Scottish Leaving Certificate Examination, 1958
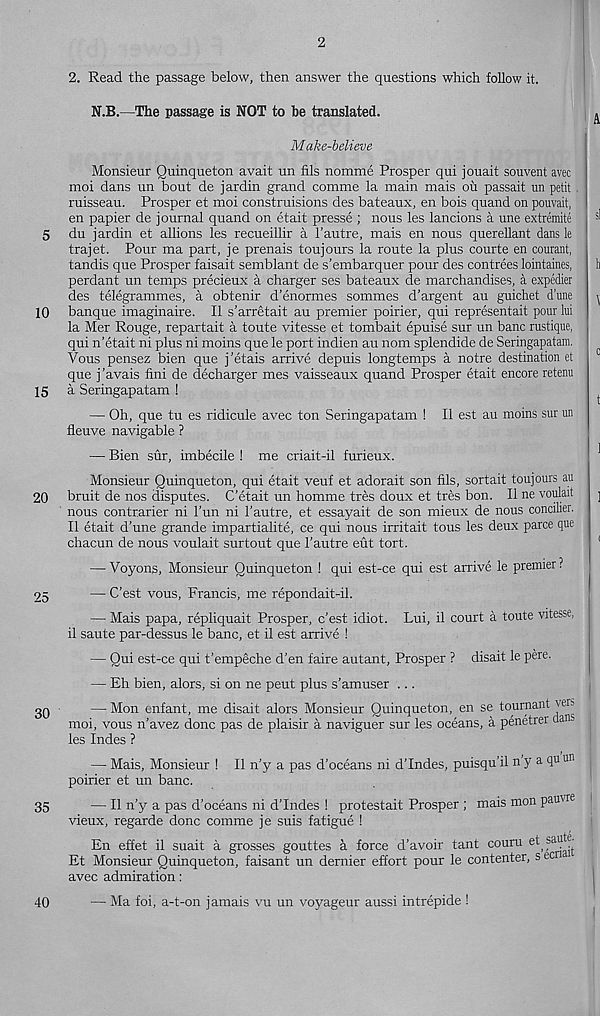
2
2. Read the passage below, then answer the questions which follow it.
N.B.—The passage is NOT to be translated.
Make-believe
Monsieur Quinqueton avait un fils nomme Prosper qui jouait souvent avec
moi dans un bout de jardin grand comme la main mais oil passait un petit
ruisseau. Prosper et moi construisions des bateaux, en bois quand on pouvait,
en papier de journal quand on etait presse ; nous les lancions a une extremite
5 du jardin et allions les recueillir a 1’autre, mais en nous querellant dans le
trajet. Pour ma part, je prenais toujours la route la plus courte en courant,
tandis que Prosper faisait semblant de s’embarquer pour des contrees lointaines,
perdant un temps precieux a charger ses bateaux de marchandises, a expedier
des telegrammes, a obtenir d’enormes sommes d’argent au guichet dune
10 banque imaginaire. II s’arretait au premier poirier, qui representait pour lui
la Mer Rouge, repartait a toute vitesse et tombait epuise sur un banc rustique,
qui n’etait ni plus ni moins que le port indien au nom splendide de Seringapatam.
Vous pensez bien que j’etais arrive depuis longtemps a notre destination et
que j ’avais fini de decharger mes vaisseaux quand Prosper etait encore retenu
15 a Seringapatam !
— Oh, que tu es ridicule avec ton Seringapatam ! II est au moins sur un
fleuve navigable ?
— Bien sur, imbecile ! me criait-il furieux.
Monsieur Quinqueton, qui etait veuf et adorait son fils, sortait toujours au
20 bruit de nos disputes. C’etait un homme tres doux et tres bon. II ne voulait
nous contrarier ni 1’un ni 1’autre, et essayait de son mieux de nous concilier.
II etait d’une grande impartialite, ce qui nous irritait tous les deux parce que
chacun de nous voulait surtout que 1’autre eut tort.
— Voyons, Monsieur Quinqueton ! qui est-ce qui est arrive le premier?
95
— C’est vous, Francis, me repondait-il.
— Mais papa, repliquait Prosper, c’est idiot. Lui, il court a toute vitesse,
il saute par-dessus le banc, et il est arrive !
— Qui est-ce qui t’empeche d’en faire autant, Prosper ? disait le pere.
— Eh bien, alors, si on ne peut plus s’amuser ...
30
—•^■ on en f an t> me disait alors Monsieur Quinqueton, en se tournant vers
moi, vous n’avez done pas de plaisir a naviguer sur les oceans, a penetrer clan
les Indes ?
— Mais, Monsieur ! Il n’y a pas d’oeeans ni d’Indes, puisqu’il n y a qu un
poirier et un banc.
35
—Il n’y a pas d'oeeans ni d’Indes ! protestait Prosper ; mais mon pauvre
vieux, regarde done comme je suis fatigue !
En effet il suait a grosses gouttes a force d’avoir tant couru e^?au^t
Et Monsieur Quinqueton, faisant un dernier effort pour le contenter, s ecn
avec admiration:
40
— Ma foi, a-t-on jamais vu un voyageur aussi intrepide !